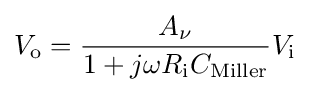
V_{\text{o}}={\frac {A_{\nu }}{1+j\omega R_{\text{i}}C_{\text{Miller}}}}V_{\text{i}}